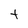
Character: t